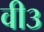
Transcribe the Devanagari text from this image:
वी३